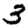
Digit: 3